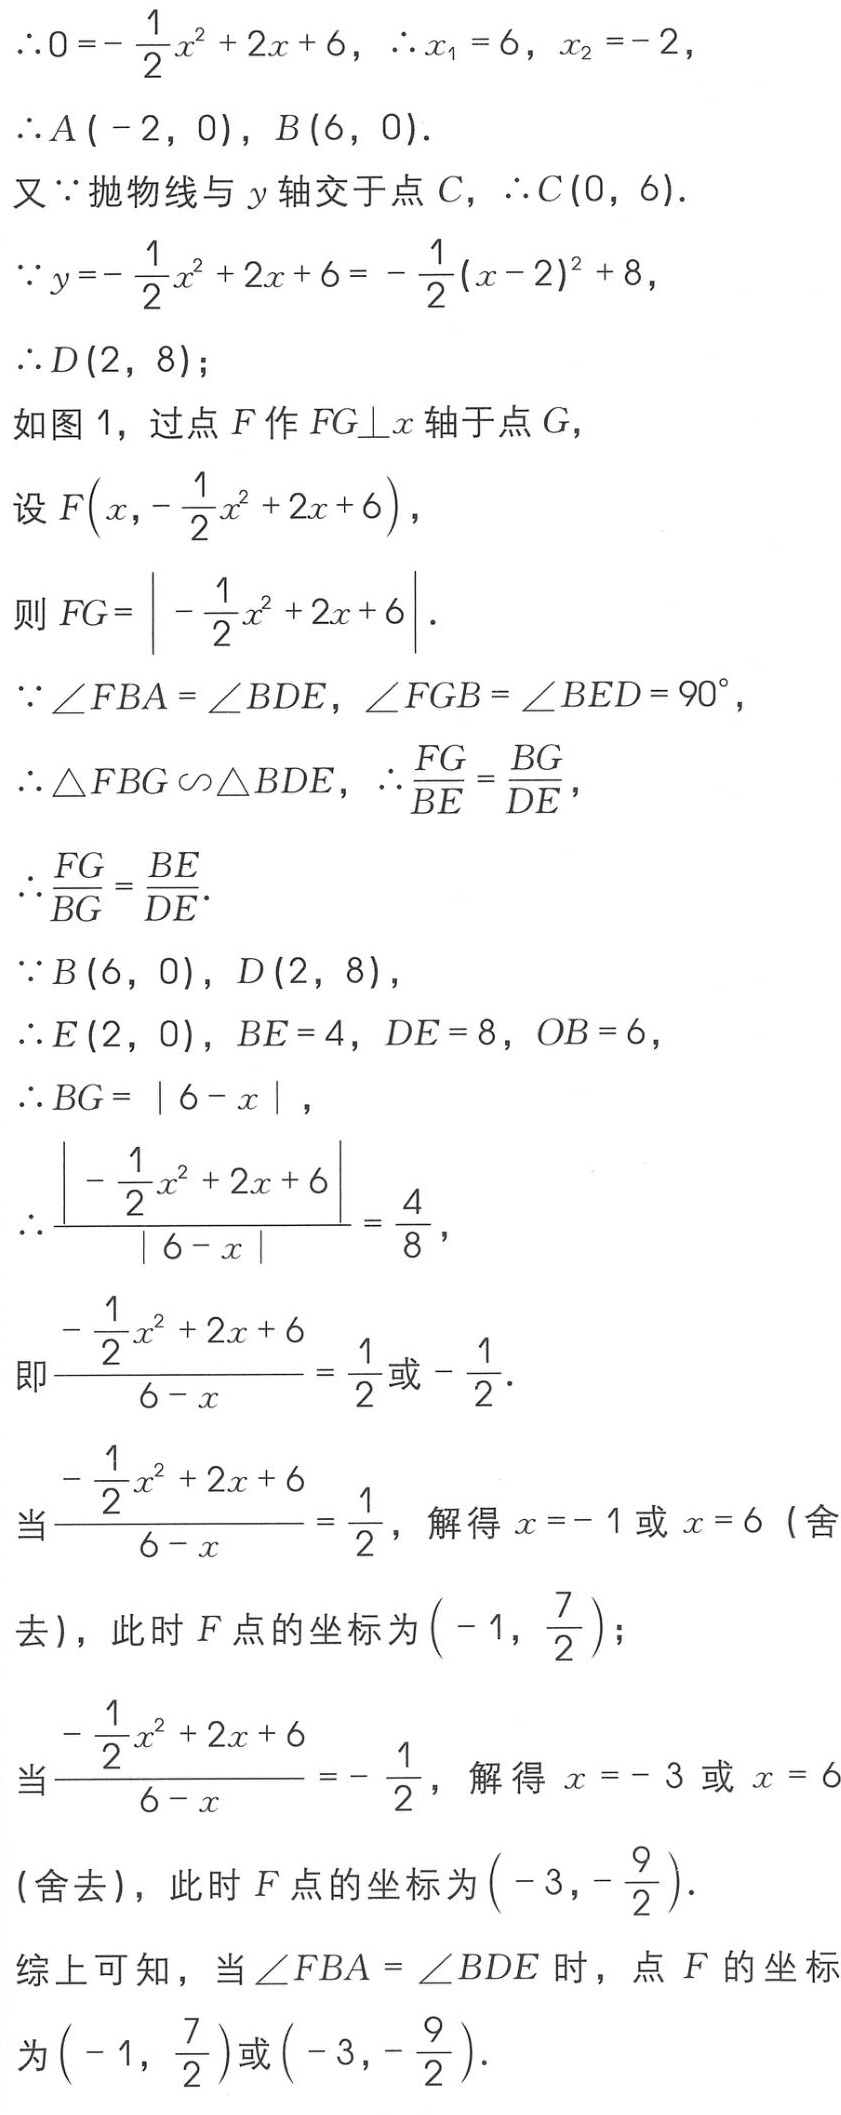
\(\therefore0 = -\frac{1}{2}x^{2}+2x + 6,\therefore x_{1}=6,x_{2}=-2,\)
\(\therefore A(-2,0),B(6,0).\)
又\(\because\)抛物线与\(y\)轴交于点\(C,\therefore C(0,6).\)
\(\because y = -\frac{1}{2}x^{2}+2x + 6=-\frac{1}{2}(x - 2)^{2}+8,\)
\(\therefore D(2,8);\)
如图1，过点\(F\)作\(FG\perp x\)轴于点\(G\)，
设\(F\left(x,-\frac{1}{2}x^{2}+2x + 6\right),\)
则\(FG=\left|-\frac{1}{2}x^{2}+2x + 6\right|.\)
\(\because\angle FBA=\angle BDE,\angle FGB=\angle BED = 90^{\circ},\)
\(\therefore\triangle FBG\backsim\triangle BDE,\therefore\frac{FG}{BE}=\frac{BG}{DE},\)
\(\therefore\frac{FG}{BG}=\frac{BE}{DE}.\)
\(\because B(6,0),D(2,8),\)
\(\therefore E(2,0),BE = 4,DE = 8,OB = 6,\)
\(\therefore BG=\vert6 - x\vert,\)
\(\therefore\frac{\left|-\frac{1}{2}x^{2}+2x + 6\right|}{\vert6 - x\vert}=\frac{4}{8},\)
即\(\frac{-\frac{1}{2}x^{2}+2x + 6}{6 - x}=\frac{1}{2}\)或\(-\frac{1}{2}.\)
当\(\frac{-\frac{1}{2}x^{2}+2x + 6}{6 - x}=\frac{1}{2}\)，解得\(x = - 1\)或\(x = 6\)（舍去），此时\(F\)点的坐标为\(\left(-1,\frac{7}{2}\right);\)
当\(\frac{-\frac{1}{2}x^{2}+2x + 6}{6 - x}=-\frac{1}{2}\)，解得\(x = - 3\)或\(x = 6\)（舍去），此时\(F\)点的坐标为\(\left(-3,-\frac{9}{2}\right).\)
综上可知，当\(\angle FBA=\angle BDE\)时，点\(F\)的坐标为\(\left(-1,\frac{7}{2}\right)\)或\(\left(-3,-\frac{9}{2}\right).\)